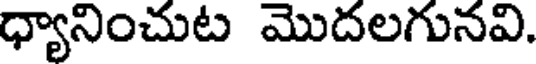
ధ్యానించుట మొదలగునవి.